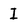
Character: I